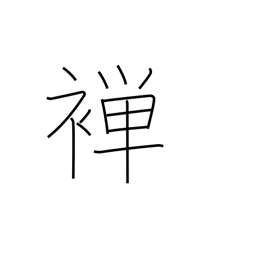
Meaning: thin kimono